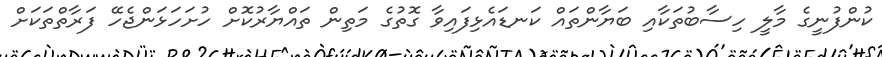
ކުންފުނީގެ މާލީ ހިސާބުތަކާއި ބަޔާންތައް ކަނޑައެޅިފައިވާ ގޮތުގެ މަތިން ތައްޔާރުކޮށް ހުށަހަޅަންޖެހޭ ފަރާތްތަކަށް